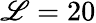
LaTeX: \mathscr{L}=20